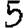
Digit: 5